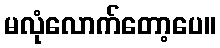
မလုံလောက်တော့ပေ။